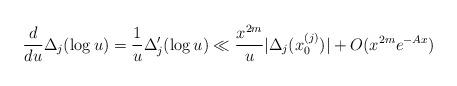
LaTeX: \begin{align*}\frac{d}{du}\Delta_j(\log u) = \frac{1}{u}\Delta'_j(\log u)\ll\frac{x^{2m}}{u}|\Delta_j(x^{(j)}_0)|+O(x^{2m}e^{-Ax})\end{align*}